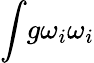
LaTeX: \int\! g\omega_{i}\omega_{i}